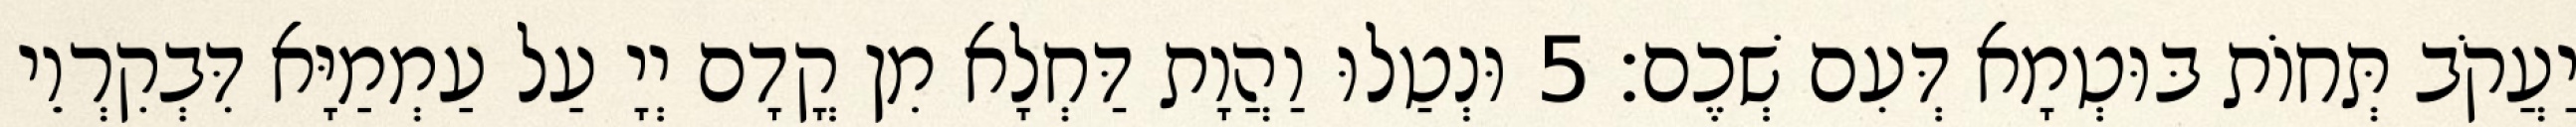
יַעֲקֹב תְּחוֹת בּוּטְמָא דְּעִם שְׁכֶם׃ 5 וּנְטַלוּ וַהֲוָת דַּחְלָא מִן קֳדָם יְיָ עַל עַמְמַיָּא דִּבְקִרְוֵי